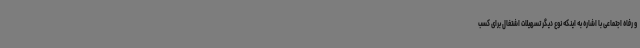
و رفاه اجتماعی با اشاره به اینکه نوع دیگر تسهیلات اشتغال برای کسب